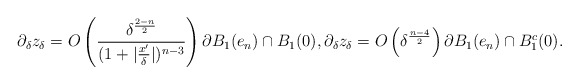
\begin{align*} \partial_\delta z_\delta= O\left(\frac{\delta^\frac{2-n}{2}}{(1+|\frac{x'}{\delta}|)^{n-3}}\right) \partial B_1(e_n)\cap B_1(0),\partial_\delta z_\delta= O\left(\delta^\frac{n-4}{2}\right) \partial B_1(e_n) \cap B_1^c(0).\end{align*}